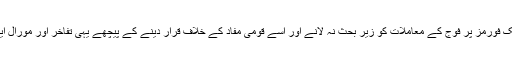
میڈیا اور پبلک فورمز پر فوج کے معاملات کو زیر بحث نہ لانے اور اسے قومی مفاد کے خلاف قرار دینے کے پیچھے یہی تفاخر اور مورال ایک وجہ ہیں۔